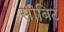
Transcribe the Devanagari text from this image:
सीबिट